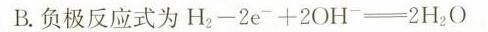
B.负极反应式为$$H_{2} - 2 e + 2 O H = 2 H_{2} O$$